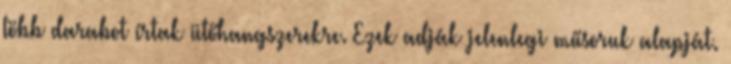
több darabot írtak ütőhangszerekre. Ezek adják jelenlegi műsoruk alapját.